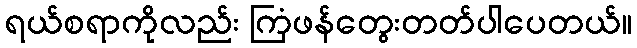
ရယ်စရာကိုလည်း ကြံဖန်တွေးတတ်ပါပေတယ်။